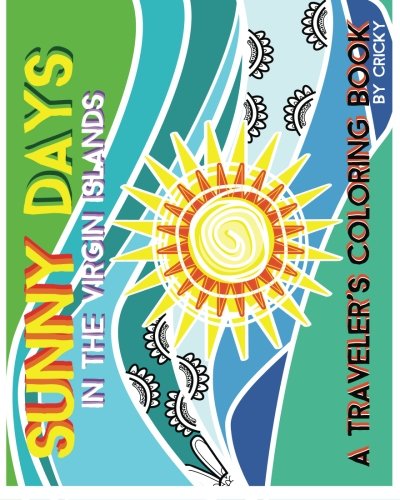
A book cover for Sunny  Days In The Virgin Islands: A Traveler's Coloring Book; Cricky; Travel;